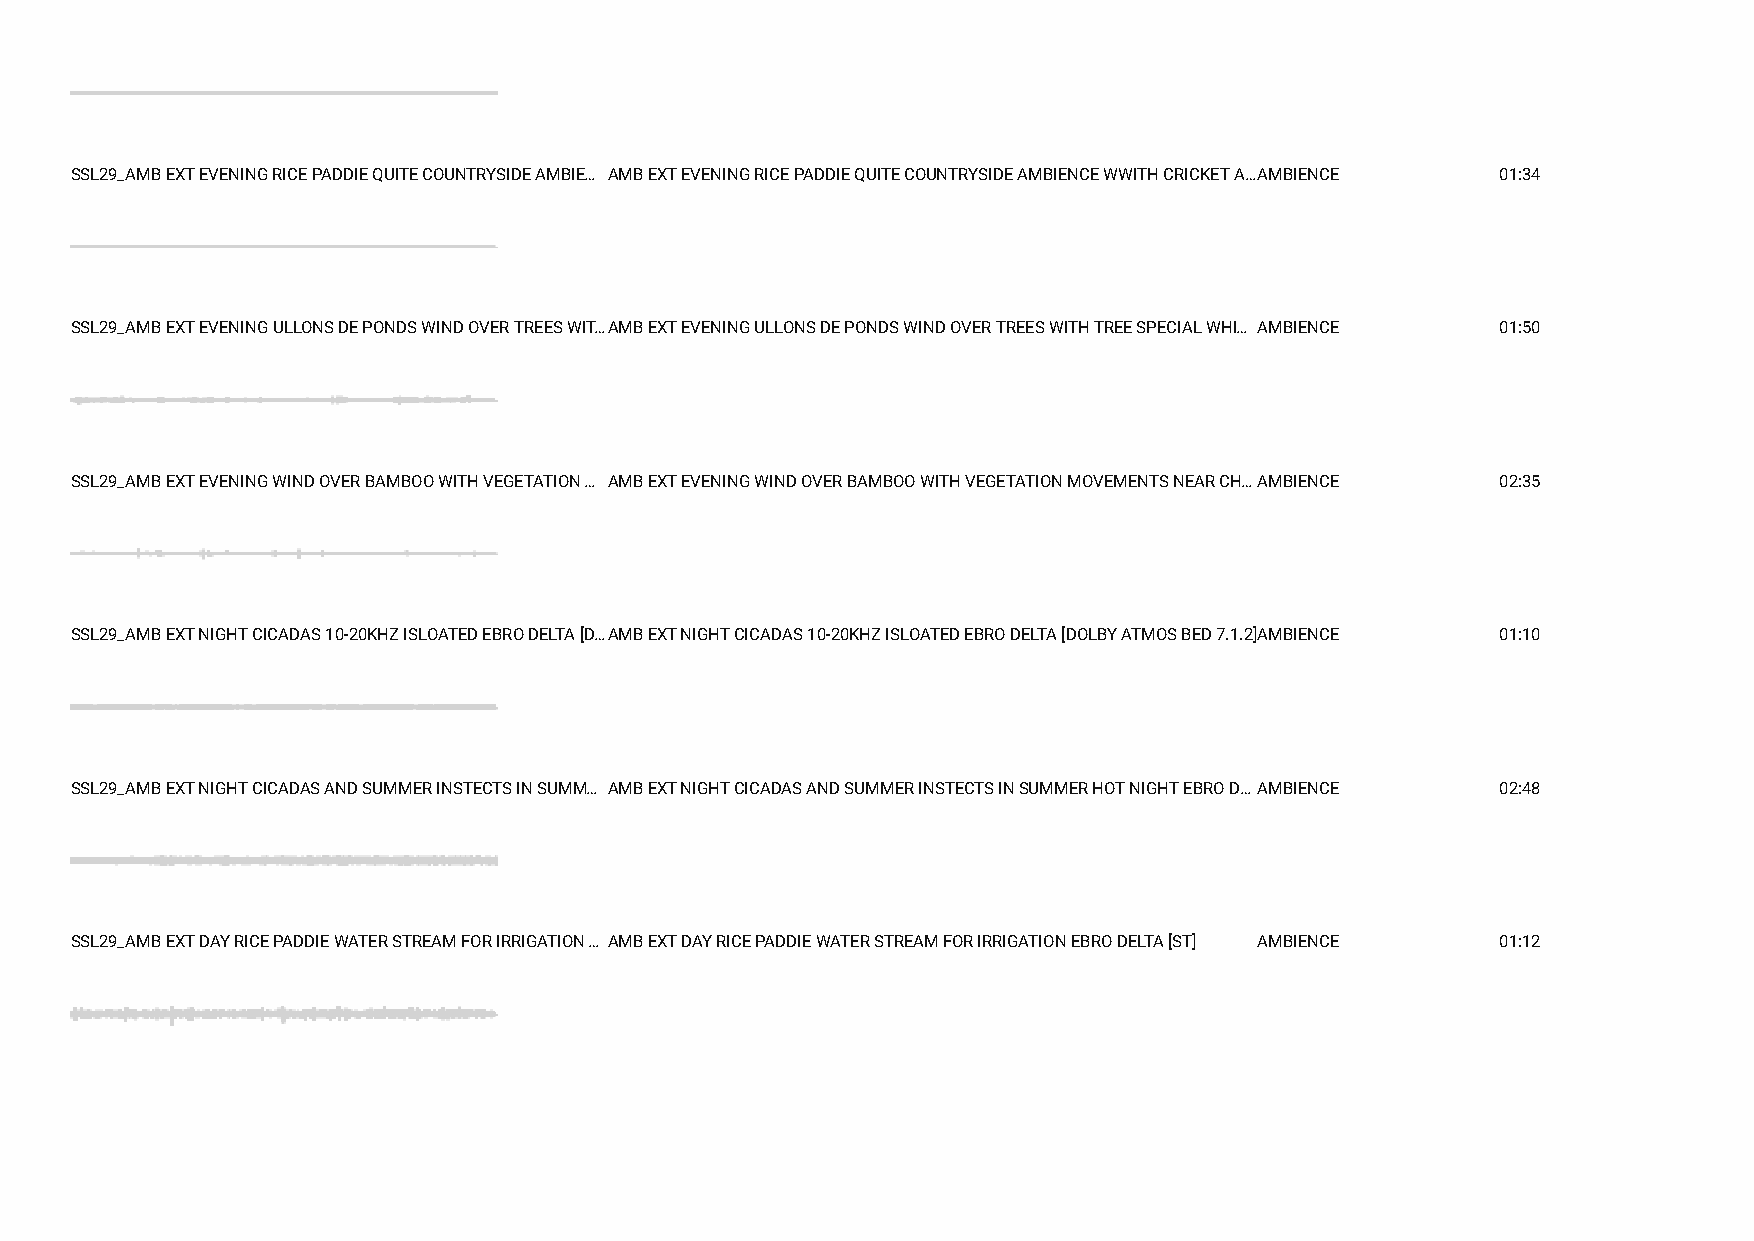
SSL29_AMB EXT EVENING RICE PADDIE QUITE COUNTRYSIDE AMBIE… AMB EXT EVENING RICE PADDIE QUITE COUNTRYSIDE AMBIENCE WWITH CRICKET A…AMBIENCE 01:34
 SSL29_AMB EXT EVENING ULLONS DE PONDS WIND OVER TREES WIT…AMB EXT EVENING ULLONS DE PONDS WIND OVER TREES WITH TREE SPECIAL WHI… AMBIENCE 01:50
 SSL29_AMB EXT EVENING WIND OVER BAMBOO WITH VEGETATION … AMB EXT EVENING WIND OVER BAMBOO WITH VEGETATION MOVEMENTS NEAR CH…AMBIENCE 02:35
 SSL29_AMB EXT NIGHT CICADAS 10-20KHZ ISLOATED EBRO DELTA [D…AMB EXT NIGHT CICADAS 10-20KHZ ISLOATED EBRO DELTA [DOLBY ATMOS BED 7.1.2]AMBIENCE 01:10
 SSL29_AMB EXT NIGHT CICADAS AND SUMMER INSTECTS IN SUMM… AMB EXT NIGHT CICADAS AND SUMMER INSTECTS IN SUMMER HOT NIGHT EBRO D… AMBIENCE 02:48
 SSL29_AMB EXT DAY RICE PADDIE WATER STREAM FOR IRRIGATION … AMB EXT DAY RICE PADDIE WATER STREAM FOR IRRIGATION EBRO DELTA [ST] AMBIENCE 01:12